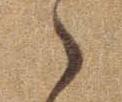
ゝ